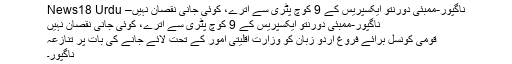
ناگپور-ممبئی دورنتو ایکسپریس کے 9 کوچ پٹری سے اترے، کوئی جانی نقصان نہیں– News18 Urdu
ناگپور-ممبئی دورنتو ایکسپریس کے 9 کوچ پٹری سے اترے، کوئی جانی نقصان نہیں
قومی کونسل برائے فروغ اردو زبان کو وزارت اقلیتی امور کے تحت لائے جانے کی بات پر تنازعہ
ناگپور۔